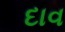
દાવ